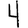
Digit: 4